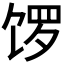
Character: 𫗩